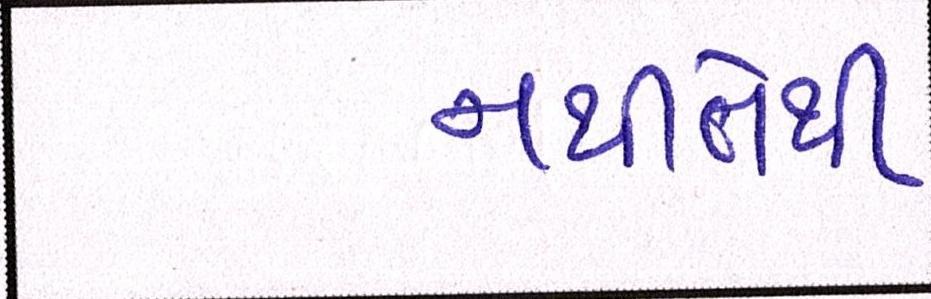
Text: નથીતેથી